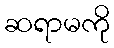
ဆရာမကို